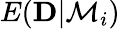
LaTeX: E({\mathbf D}|{\cal M}_{i})